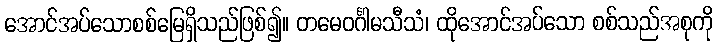
အောင်အပ်သောစစ်မြေရှိသည်ဖြစ်၍။ တမေဝင်္ဂါမသီသံ၊ ထိုအောင်အပ်သော စစ်သည်အစုကို